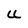
Character: U